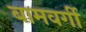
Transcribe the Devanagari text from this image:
बामवर्गी